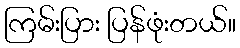
ကြမ်းပြား ပြန်ဖုံးတယ်။